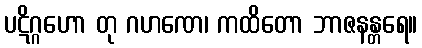
ပဋိဂ္ဂဟော တု ဂဟဏေ၊ ကထိတော ဘာဇနန္တရေ။